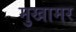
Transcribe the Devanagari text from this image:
मुखामर